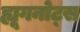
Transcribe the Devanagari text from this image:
ह्यूगनोट्स